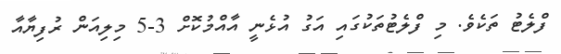
ފްލެޓު ތަކެވެ. މި ފްލެޓުތަކުގައި އަގު އުޅެނީ އާއްމުކޮށް 3-5 މިލިއަން ރުފިޔާއާ